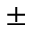
\pm